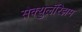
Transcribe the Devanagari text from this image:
सेक्युलॅरिझम